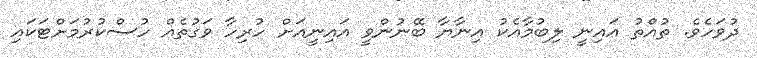
ދުވަހެވެ. ތުއްތު އައިނީ ލިބުމާއެކު އިނާޔާ ބޭނުންވީ އައިނީއަށް ހުރިހާ ވަގުތެއް ހުސްކުރުމަށްޓަކައި